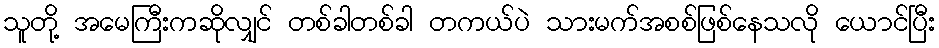
သူတို့ အမေကြီးကဆိုလျှင် တစ်ခါတစ်ခါ တကယ်ပဲ သားမက်အစစ်ဖြစ်နေသလို ယောင်ပြီး